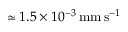
\simeq 1 . 5 \times 1 0 ^ { - 3 } \, \mathrm { m m \, s } ^ { - 1 }